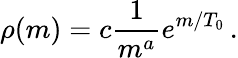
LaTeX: \rho(m)=c{\frac{1}{m^{a}}}e^{m/T_{0}}\, .